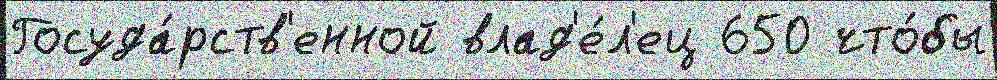
Госуда́рств'енной влад'е́л'ец 650 что́бы